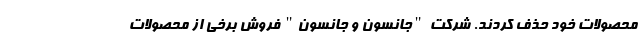
محصولات خود حذف کردند. شرکت "جانسون و جانسون" فروش برخی از محصولات